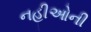
નહીઓની